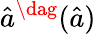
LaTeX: \hat{a}^{\dag}(\hat{a})